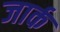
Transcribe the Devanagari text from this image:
जार्क